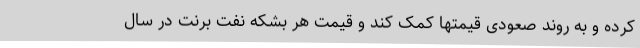
کرده و به روند صعودی قیمتها کمک کند و قیمت هر بشکه نفت برنت در سال